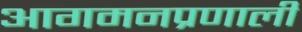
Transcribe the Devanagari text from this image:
आगमनप्रणाली